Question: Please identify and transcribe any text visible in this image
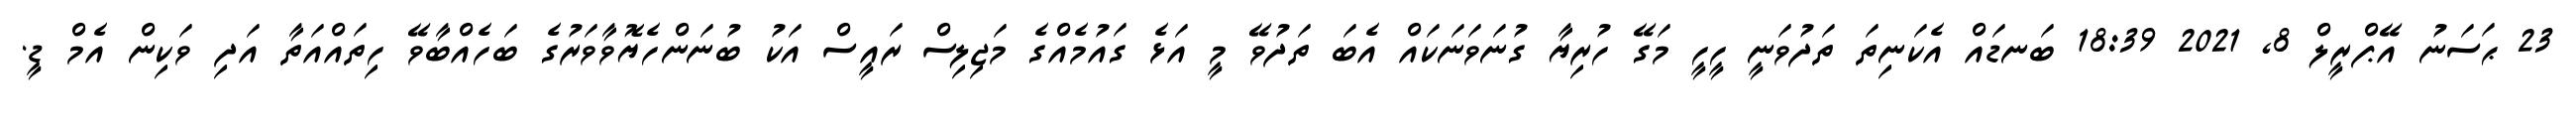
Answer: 23 ޙަސަނު އޭޕްރީލް 8, 2021 18:39 ބަނޑައް އެކަނިތަ ތަދުވަނީ ހީހީ މަގޭ ހުރިޔާ ގުނަވަނަކައް އެބަ ތަދުވޭ މީ އަޅެ ގައުމެއްގެ މަޖިލިސް ރައީސް އަކު ބުނަންހެޔޮވާވަރުގެ ބަހެއްބާވޭ ހިތައްއަތާ އަދި ވަކިން އެމް ޑީ.